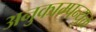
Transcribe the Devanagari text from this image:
अनुकाम्पन्युक्त